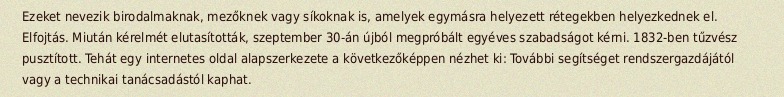
Ezeket nevezik birodalmaknak, mezőknek vagy síkoknak is, amelyek egymásra helyezett rétegekben helyezkednek el. Elfojtás. Miután kérelmét elutasították, szeptember 30-án újból megpróbált egyéves szabadságot kérni. 1832-ben tűzvész pusztított. Tehát egy internetes oldal alapszerkezete a következőképpen nézhet ki: További segítséget rendszergazdájától vagy a technikai tanácsadástól kaphat.